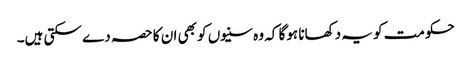
حکومت کو یہ دکھانا ہوگا کہ وہ سنیوں کو بھی ان کا حصہ دے سکتی ہیں۔